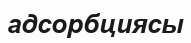
адсорбциясы